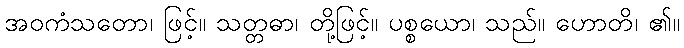
အဝကံသတော၊ ဖြင့်။ သတ္တဓာ၊ တို့ဖြင့်။ ပစ္စယော၊ သည်။ ဟောတိ၊ ၏။